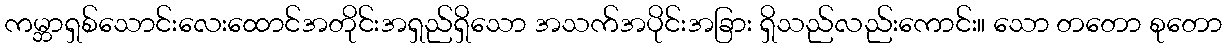
ကမ္ဘာရှစ်သောင်းလေးထောင်အတိုင်းအရှည်ရှိသော အသက်အပိုင်းအခြား ရှိသည်လည်းကောင်း။ သော တတော စုတော